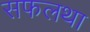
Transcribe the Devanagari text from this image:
सफलथा